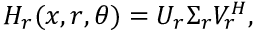
H _ { r } ( x , r , \theta ) = U _ { r } \Sigma _ { r } V _ { r } ^ { H } ,